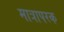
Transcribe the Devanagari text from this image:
मात्रापरक